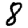
Digit: 8